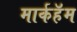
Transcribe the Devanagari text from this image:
मार्कहॅम